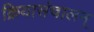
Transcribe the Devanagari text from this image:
क्रियासंचालन्